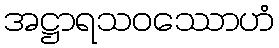
အဋ္ဌာရသဝဿောဟံ